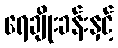
ရေချိုးခန်းနှင့်